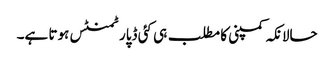
حالانکہ کمپنی کا مطلب ہی کئی ڈپارٹمنٹس ہوتا ہے۔